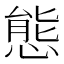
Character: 態